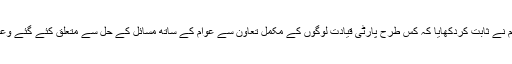
محبوبہ کا کہنا تھا کہ ہم نے ثابت کردکھایا کہ کس طرح پارٹی قیادت لوگوں کے مکمل تعاون سے عوام کے ساتھ مسائل کے حل سے متعلق کئے گئے وعدوں کو عملاسکتی ہے۔